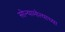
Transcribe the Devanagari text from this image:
सोन्यामोत्याच्या